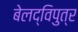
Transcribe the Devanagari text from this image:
बेलद्विपुत्र